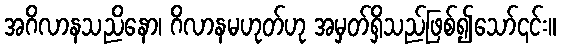
အဂိလာနသညိနော၊ ဂိလာနမဟုတ်ဟု အမှတ်ရှိသည်ဖြစ်၍သော်၎င်း။